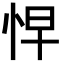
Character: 𭜬